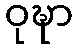
ဝုဍ္ဎာ